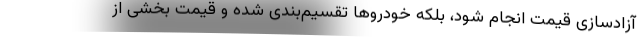
آزادسازی قیمت انجام شود، بلکه خودروها تقسیم‌بندی شده و قیمت بخشی از